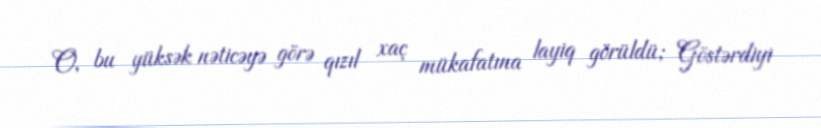
O, bu yüksək nəticəyə görə qızıl xaç mükafatına layiq görüldü; Göstərdiyi